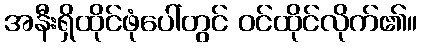
အနီးရှိထိုင်ဖုံပေါ်တွင် ဝင်ထိုင်လိုက်၏။